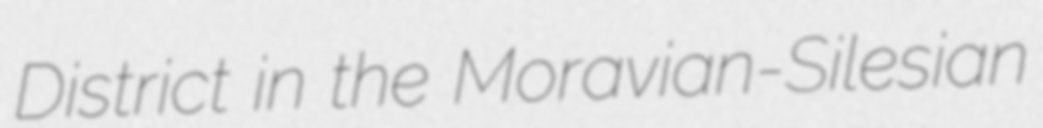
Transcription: District in the Moravian-Silesian